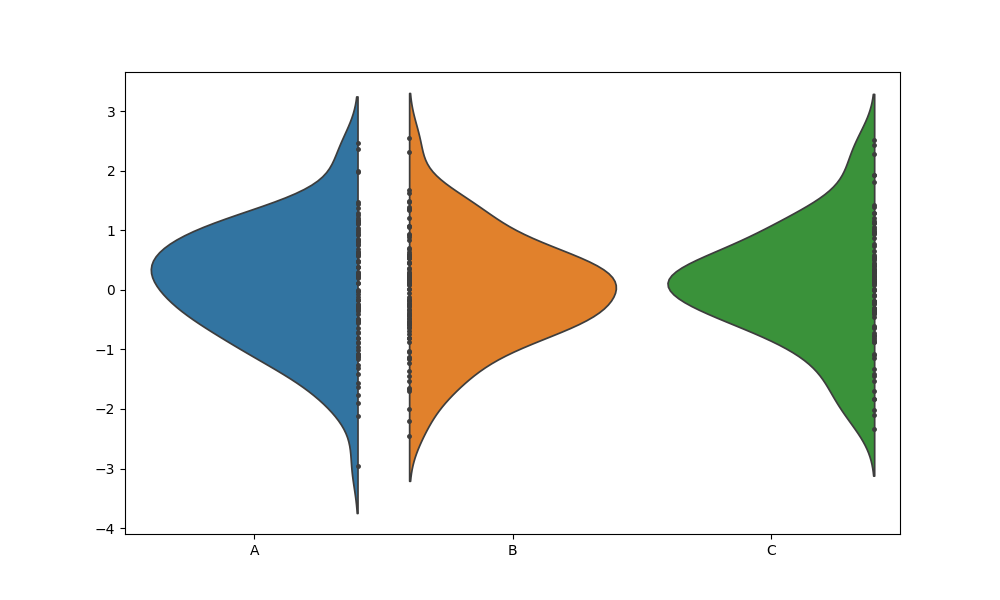
python, seaborn, violinplot, scale='count', split='True', inner='point', fill='True'